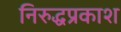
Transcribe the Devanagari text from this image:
निरुद्धप्रकाश